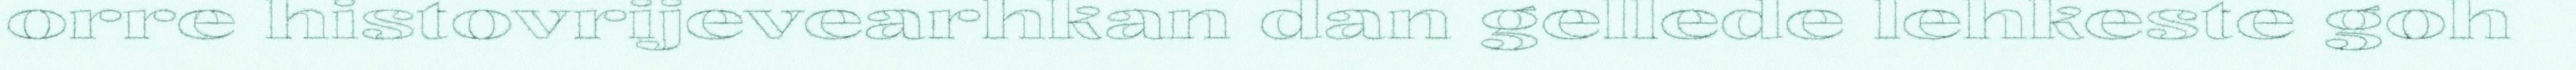
orre histovrijevearhkan dan gellede lehkeste goh